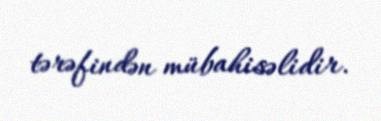
tərəfindən mübahisəlidir.